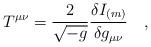
LaTeX: \begin{align*}T^{\mu\nu}={2 \over \sqrt{-g}}{\delta I_{(m)} \over \delta g_{\mu\nu}}~~~,\end{align*}